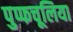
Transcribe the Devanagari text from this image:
पुप्फचूलिया